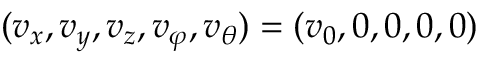
( v _ { x } , v _ { y } , v _ { z } , v _ { \varphi } , v _ { \theta } ) = ( v _ { 0 } , 0 , 0 , 0 , 0 )